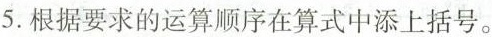
5.根据要求的运算顺序在算式中添上括号。